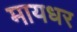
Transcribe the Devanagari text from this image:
मायधर